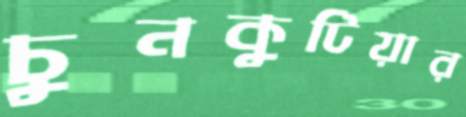
চুনকুটিয়ার